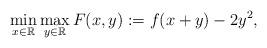
LaTeX: \begin{align*}\min_{x\in \mathbb{R}}\max_{y\in \mathbb{R}} F(x,y):=f(x+y)-2y^2,\end{align*}